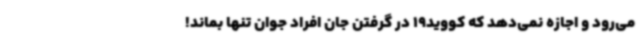
می‌رود و اجازه نمی‌دهد که کووید19 در گرفتن جان افراد جوان تنها بماند!